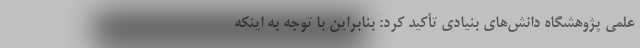
علمی پژوهشگاه دانش‌های بنیادی تأکید کرد: بنابراین با توجه به اینکه